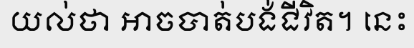
យល់ថា អាចបាត់បង់ជីវិត។ នេះ